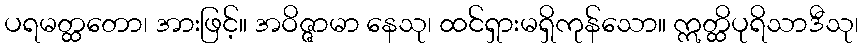
ပရမတ္ထတော၊ အားဖြင့်။ အဝိဇ္ဇာမာ နေသု၊ ထင်ရှားမရှိကုန်သော။ ဣတ္ထိပုရိသာဒီသု၊